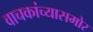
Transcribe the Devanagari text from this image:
वाचकांच्यासमोर